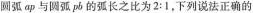
圆弧ap与圆弧pp的弧长之比为2:1，下列说法正确的